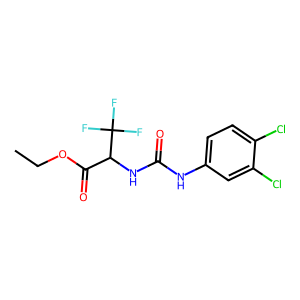
SMILES: CCOC(=O)C(NC(=O)Nc1ccc(Cl)c(Cl)c1)C(F)(F)F
Inhibits HIV replication: No